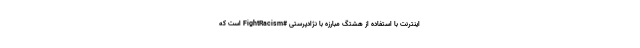
اینترنت با استفاده از هشتگ مبارزه با نژادپرستی #FightRacism است که